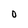
Character: O